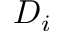
D _ { i }